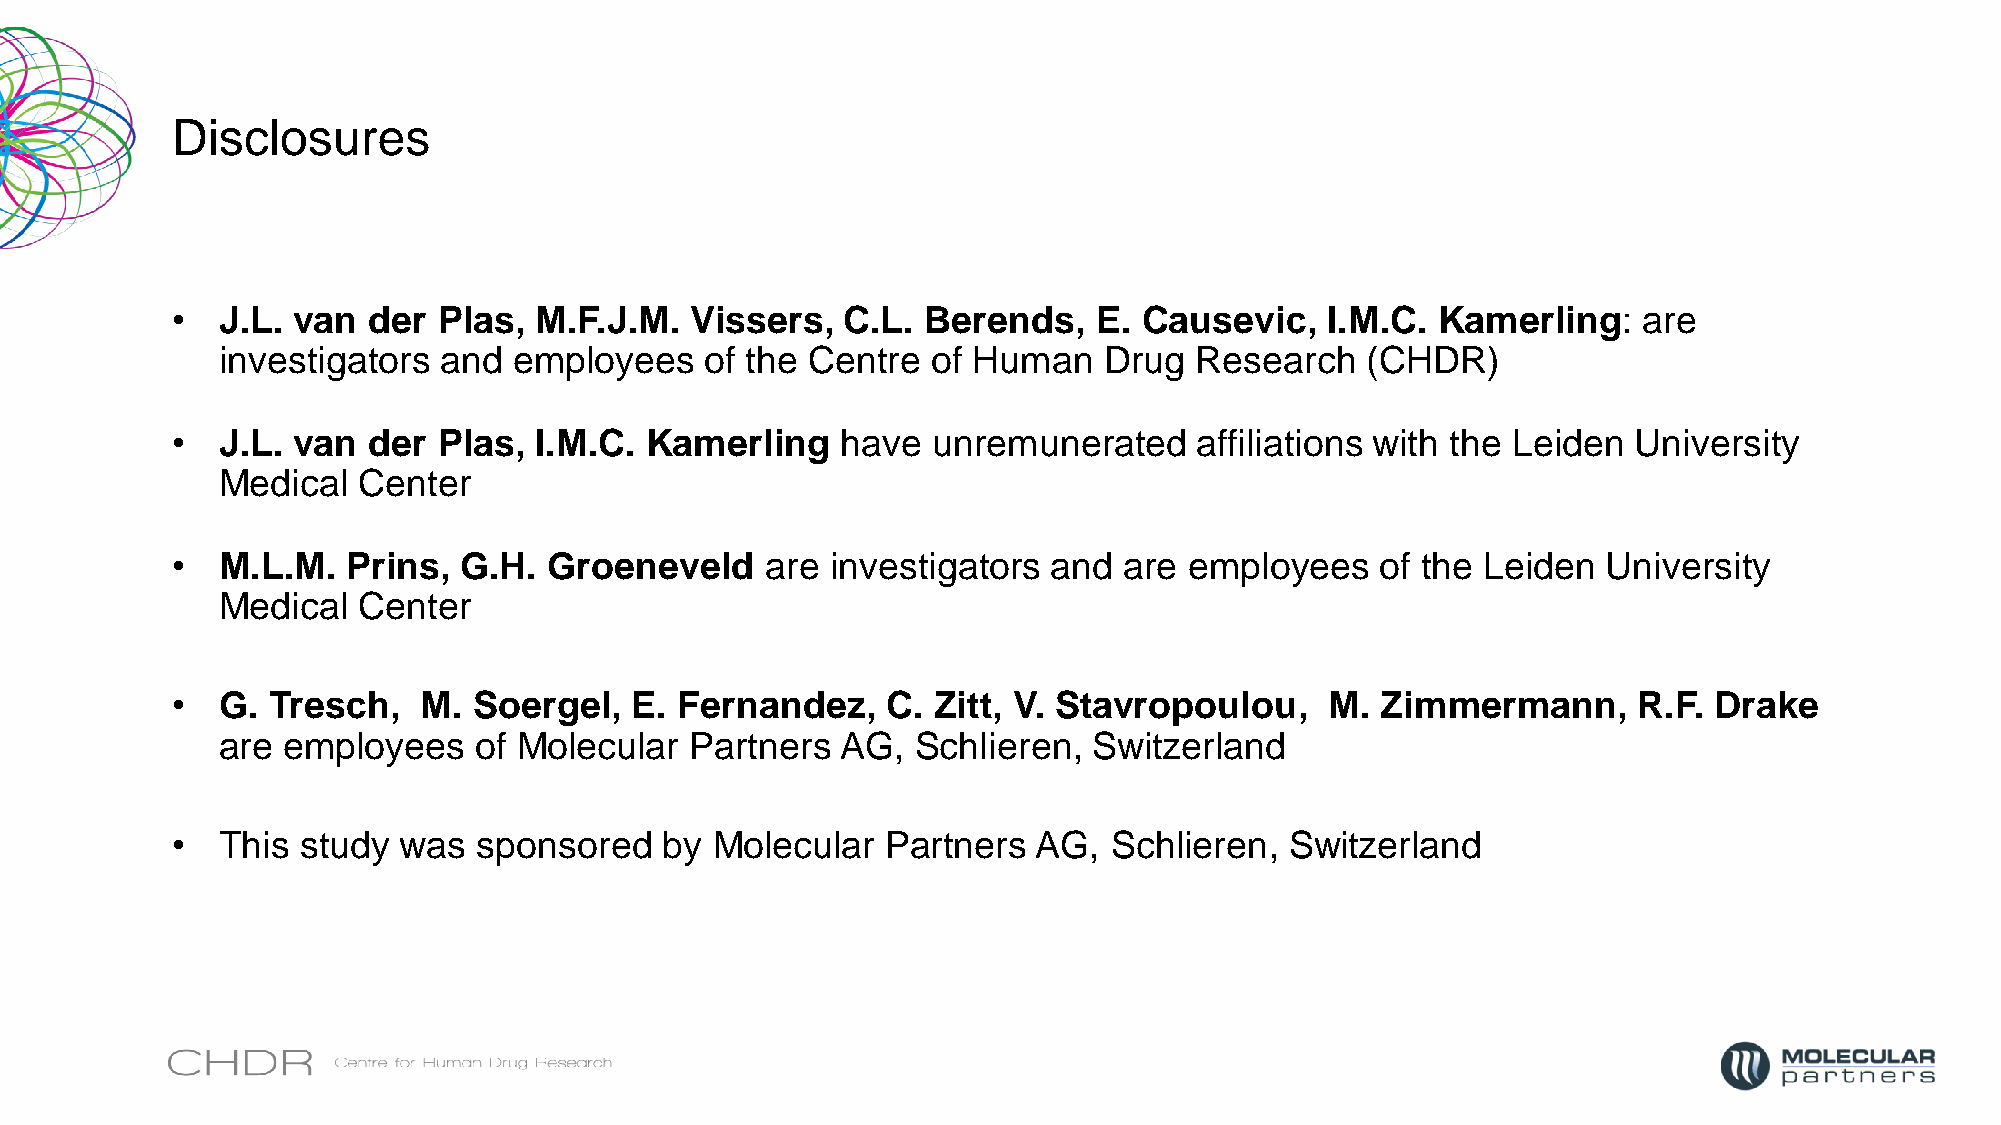
Disclosures
 •  J.L. van  der  Plas, M.F.J.M.   Vissers,  C.L. Berends,    E. Causevic,   I.M.C. Kamerling:    are
 investigators  and  employees    of the Centre  of Human   Drug  Research   (CHDR)
 •  J.L. van  der  Plas, I.M.C.  Kamerling    have  unremunerated    affiliations with the Leiden University
 Medical   Center
 •  M.L.M.   Prins, G.H.  Groeneveld     are investigators  and are  employees   of the Leiden  University
 Medical   Center
 •  G.  Tresch,   M. Soergel,   E. Fernandez,    C. Zitt, V. Stavropoulou,    M. Zimmermann,      R.F. Drake
 are  employees   of Molecular   Partners  AG,  Schlieren, Switzerland
 •  This  study was   sponsored   by Molecular   Partners  AG,  Schlieren, Switzerland